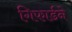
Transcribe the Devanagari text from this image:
गिफार्डने